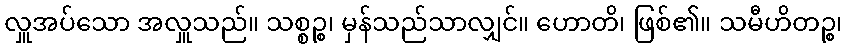
လှူအပ်သော အလှူသည်။ သစ္စဉ္စ၊ မှန်သည်သာလျှင်။ ဟောတိ၊ ဖြစ်၏။ သမီဟိတဉ္စ၊